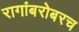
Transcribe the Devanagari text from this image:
रागांबरोबरच